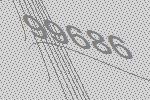
99686